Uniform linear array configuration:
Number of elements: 12
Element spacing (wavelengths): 1
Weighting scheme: binomial
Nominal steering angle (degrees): -45
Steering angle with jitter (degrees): -45.781
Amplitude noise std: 0.05
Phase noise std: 0.05

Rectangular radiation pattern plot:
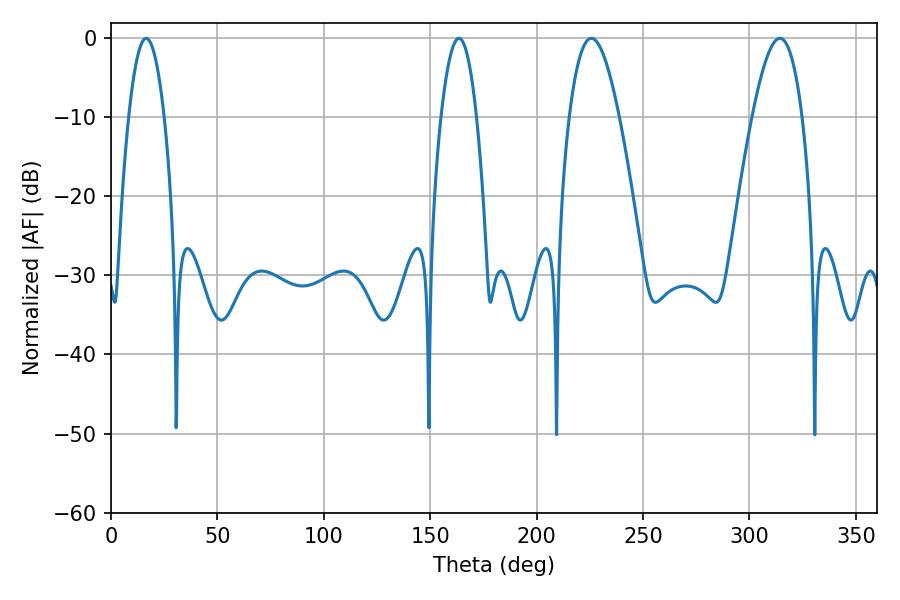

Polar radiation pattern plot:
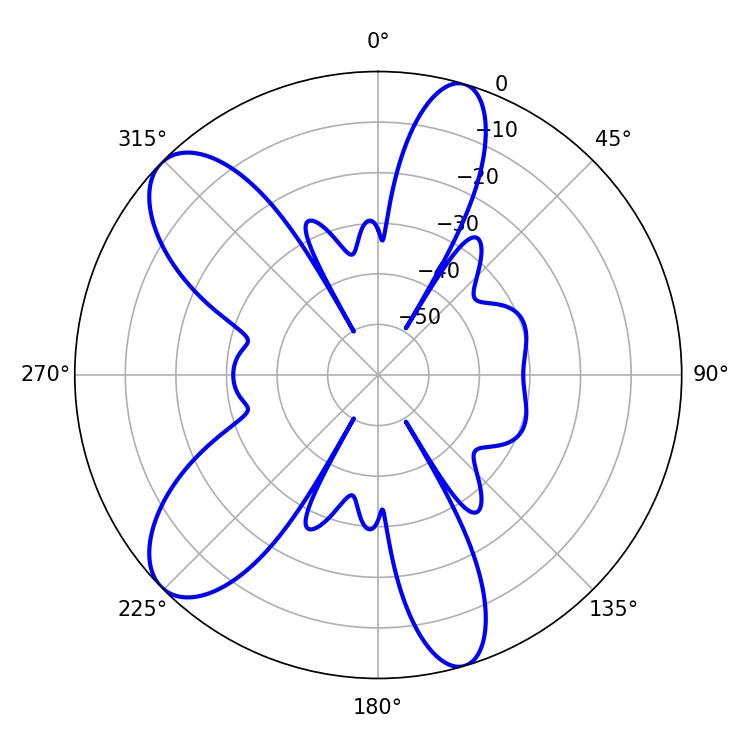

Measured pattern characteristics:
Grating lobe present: TRUE
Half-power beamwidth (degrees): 12.78
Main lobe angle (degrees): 225.72